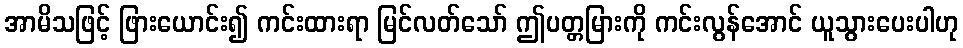
အာမိသဖြင့် ဖြားယောင်း၍ ကင်းထားရာ မြင်လတ်သော် ဤပတ္တမြားကို ကင်းလွန်အောင် ယူသွားပေးပါဟု